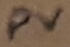
Text: PV